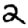
Digit: 2